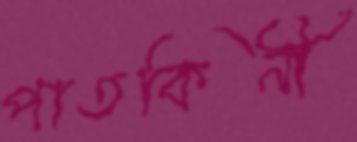
পাতকিনী